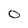
Character: 0